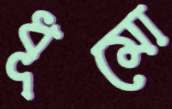
ধূমো